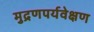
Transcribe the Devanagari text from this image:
मुद्रणपर्यवेक्षण